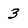
Character: 3